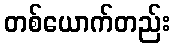
တစ်ယောက်တည်း